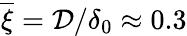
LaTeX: \overline{{\xi}}=\mathcal{D}/\delta_{0}\approx 0.3